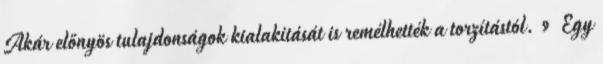
Akár előnyös tulajdonságok kialakítását is remélhették a torzítástól. 9 Egy